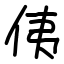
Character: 侇